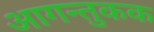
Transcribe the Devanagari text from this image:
आगन्तुकक